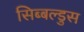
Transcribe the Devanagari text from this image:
सिब्बल्डुस